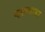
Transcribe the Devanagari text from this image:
काल्ज़ाडा